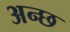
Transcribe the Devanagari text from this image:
अन्छ